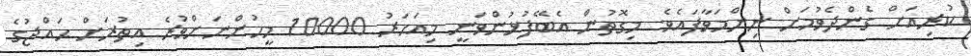
ކުރިއަށް ގެންދެވުމަށް ނިންމަވާފައެވެ. މިގޮތުން އެބޭފުޅުންވަނީ މިއަހަރު 10000 މީހުންނަށްވުރެ އިތުރަށް ޙައްޖުގެ